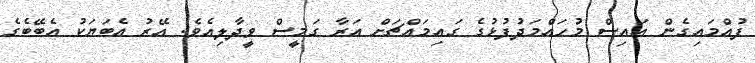
ފުއްމައިގެން އައިސް މުހައްމަދުފުޅުގެ ގައިމައްޗަށް އަރާ ގަމީސް ވީދާލިއެވެ. އޭރު އެބަޔަކު އެބޭބެގެ